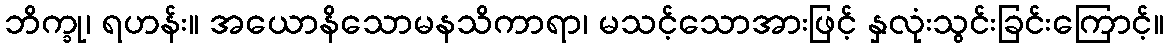
ဘိက္ခု၊ ရဟန်း။ အယောနိသောမနသိကာရာ၊ မသင့်သောအားဖြင့် နှလုံးသွင်းခြင်းကြောင့်။